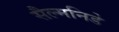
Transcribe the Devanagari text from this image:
सैल्मनिडे